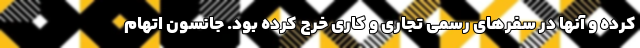
کرده و آنها در سفرهای رسمی تجاری و کاری خرج کرده بود. جانسون اتهام